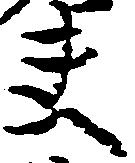
夫